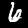
Label: 6